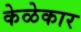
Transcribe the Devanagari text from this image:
केळेकार